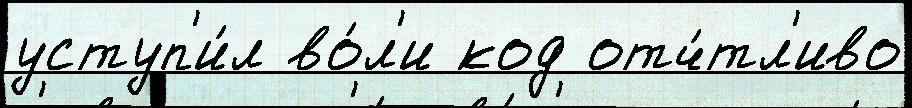
уступ'и́л во́л'и код отч́тл'иво